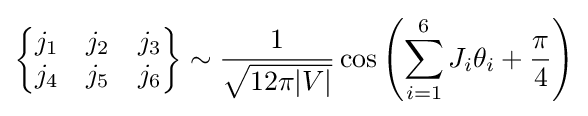
{\begin{Bmatrix}j_{1}&j_{2}&j_{3}\\j_{4}&j_{5}&j_{6}\end{Bmatrix}}\sim {\frac {1}{\sqrt {12\pi |V|}}}\cos {\left(\sum _{i=1}^{6}J_{i}\theta _{i}+{\frac {\pi }{4}}\right)}